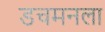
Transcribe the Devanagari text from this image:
डचमनला